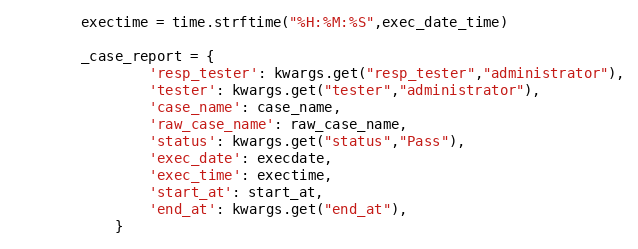
Language: Python
        exectime = time.strftime("%H:%M:%S",exec_date_time)

        _case_report = {
                'resp_tester': kwargs.get("resp_tester","administrator"),
                'tester': kwargs.get("tester","administrator"),
                'case_name': case_name,
                'raw_case_name': raw_case_name,
                'status': kwargs.get("status","Pass"),
                'exec_date': execdate,
                'exec_time': exectime,
                'start_at': start_at,
                'end_at': kwargs.get("end_at"),
            }